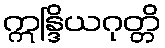
ဣန္ဒြိယဂုတ္တိ